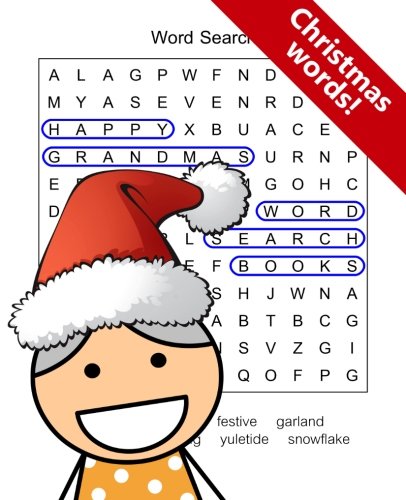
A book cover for Happy Grandma's Word Search Books: Christmas Words; Word Search Books; Humor & Entertainment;